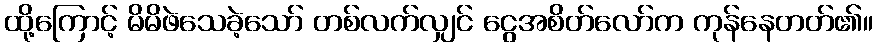
ထို့ကြောင့် မိမိဖဲသေခဲ့သော် တစ်လက်လျှင် ငွေအစိတ်လော်က ကုန်နေတတ်၏။